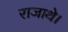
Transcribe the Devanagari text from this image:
राजाथे।